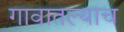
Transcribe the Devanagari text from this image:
गावातल्याच